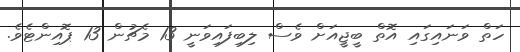
ހަތް ވަނައިގައި އޮތް ބީޖީއަށް ވެސް ލިބިފައިވަނީ 13 މެޗުން 13 ޕޮއިންޓެވެ.